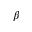
\beta